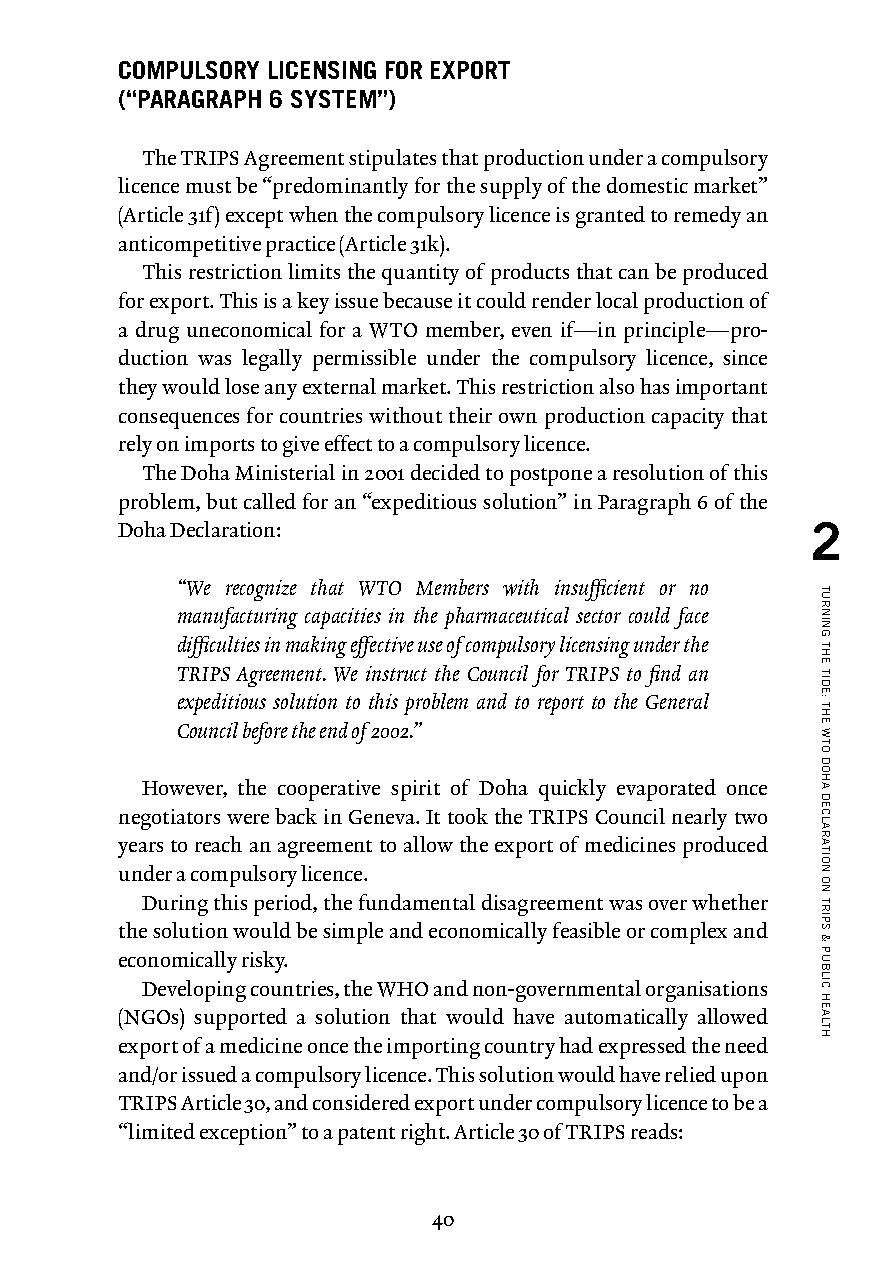
COMPULSORY LICENSING FOR EXPORT
 (“PARAGRAPH 6 SYSTEM”)
 The TRIPS Agreement stipulates that production under a compulsory
 licence must be “predominantly for the supply of the domestic market”
 (Article 31f) except when the compulsory licence is granted to remedy an
 anticompetitive practice (Article 31k).
 This restriction limits the quantity of products that can be produced
 for export. This is a key issue because it could render local production of
 a drug uneconomical for a WTO member, even if — in principle — pro-
 duction was legally permissible under the compulsory licence, since
 they would lose any external market. This restriction also has important
 consequences for countries without their own production capacity that
 rely on imports to give effect to a compulsory licence.
 The Doha Ministerial in 2001 decided to postpone a resolution of this
 problem, but called for an “expeditious solution” in Paragraph 6 of the
 Doha Declaration:                             2
 “We recognize that WTO Members with insufficient or no
 manufacturing capacities in the pharmaceutical sector could face
 difficulties in making effective use of compulsory licensing under the
 TRIPS Agreement. We instruct the Council for TRIPS to find an
 expeditious solution to this problem and to report to the General
 Council before the end of 2002.”
 However, the cooperative spirit of Doha quickly evaporated once
 negotiators were back in Geneva. It took the TRIPS Council nearly two
 years to reach an agreement to allow the export of medicines produced
 under a compulsory licence.
 During this period, the fundamental disagreement was over whether
 the solution would be simple and economically feasible or complex and
 economically risky.
 Developing countries, the WHO and non-governmental organisations
 (NGOs) supported a solution that would have automatically allowed
 export of a medicine once the importing country had expressed the need
 and/or issued a compulsory licence. This solution would have relied upon
 TRIPS Article 30, and considered export under compulsory licence to be a
 “limited exception” to a patent right. Article 30 of TRIPS reads:
 40
 TURNING
 THE
 TIDE:
 THE
 WTO
 DOHA
 DECLARATION
 ON
 TRIPS
 &
 PUBLIC
 HEALTH